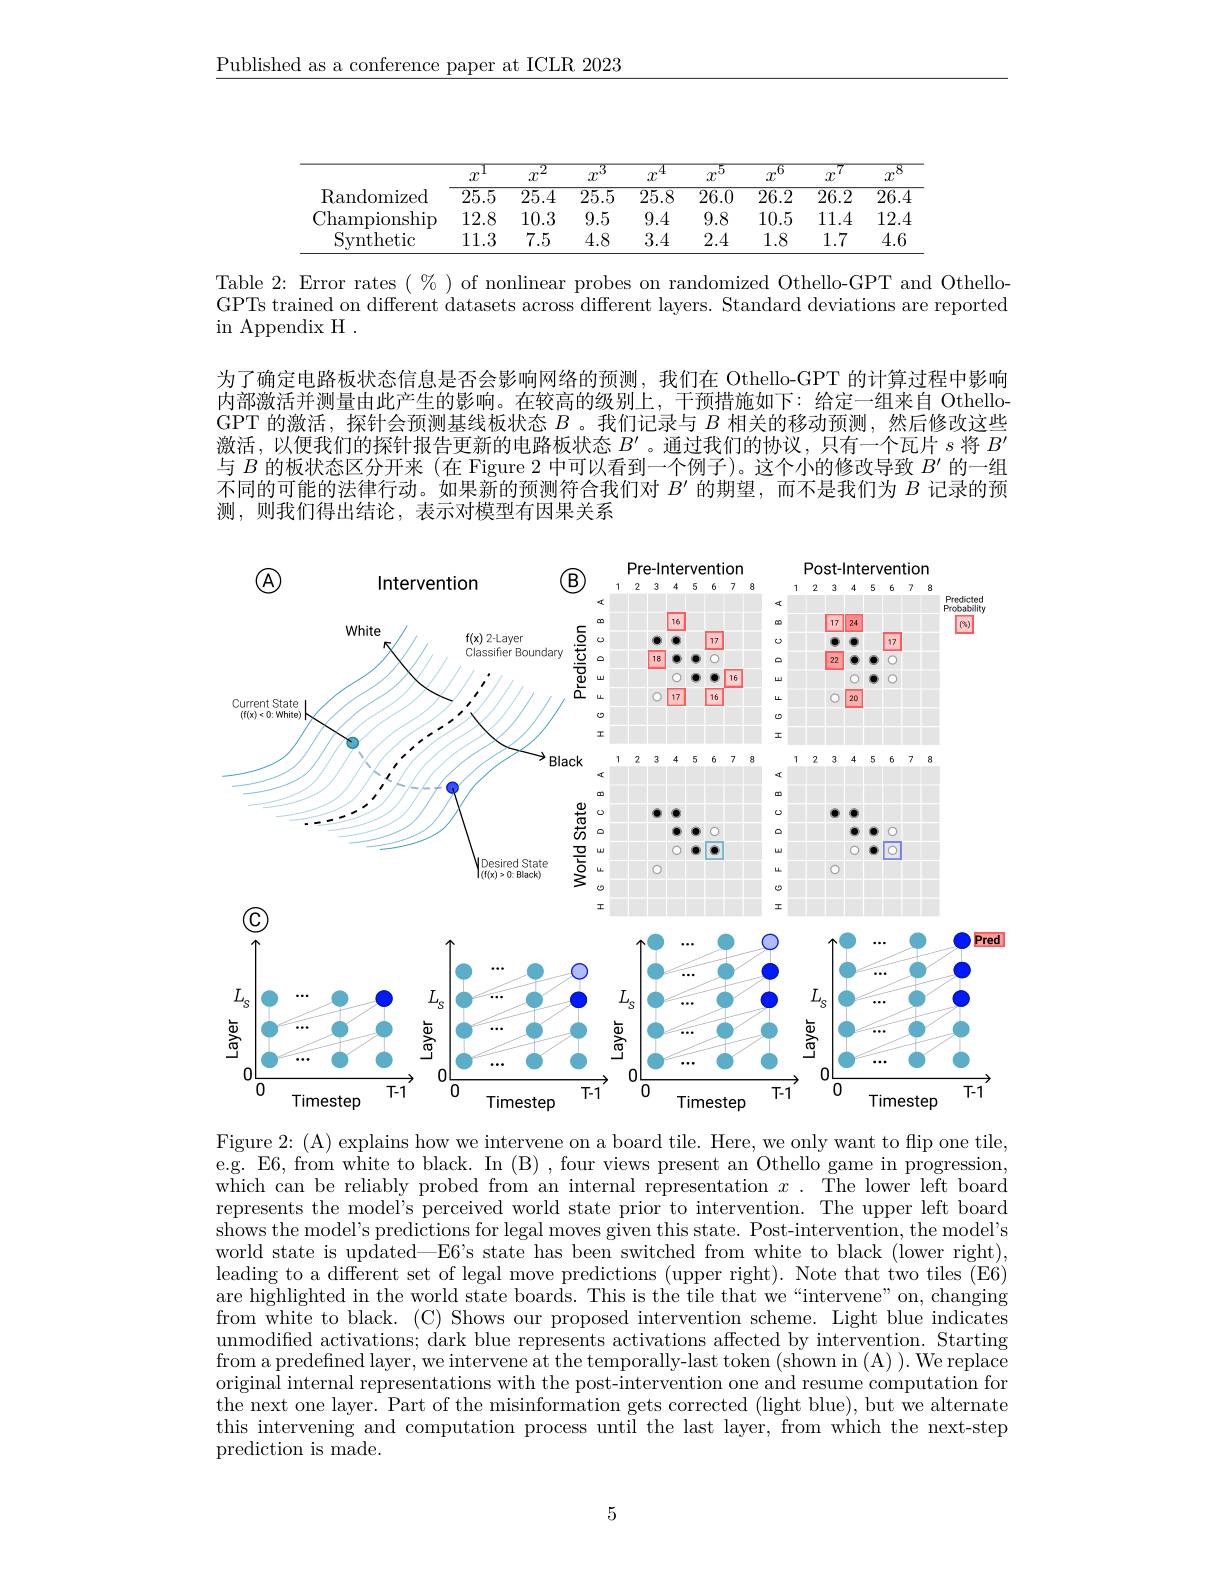
$\underline{\text{Published as a conference paper at ICLR 2023}}$

<table>
	<tbody>
		<tr>
			<th> </th>
			<th>.1 $x$</th>
			<th>$.\overline{2}$ $x^{.}$</th>
			<th>$mu$</th>
			<th>$\overline{4}$ $x$</th>
			<th>$mv$</th>
			<th>$MV$</th>
			<th>7 $x$</th>
			<th>$MV$ 1</th>
		</tr>
		<tr>
			<td>Randomized</td>
			<td>$\overline{25.5}$</td>
			<td>$\overline{25.4}$</td>
			<td>$\overline{25.5}$</td>
			<td>$\overline{25.8}$</td>
			<td>$\overline{26.0}$</td>
			<td>$\overline{26.2}$</td>
			<td>$\overline{26.2}$</td>
			<td>$\overline{26.4}$</td>
		</tr>
		<tr>
			<td>Championship</td>
			<td>12.8</td>
			<td>10.3</td>
			<td>9.5</td>
			<td>9.4</td>
			<td>9.8</td>
			<td>10.5</td>
			<td>11.4</td>
			<td>12.4</td>
		</tr>
		<tr>
			<td>Svnthetic</td>
			<td>11.3</td>
			<td>7.5</td>
			<td>4.8</td>
			<td>3.4</td>
			<td>2.4</td>
			<td>1.8</td>
			<td>1.7</td>
			<td>4.6</td>
		</tr>
	</tbody>
</table>

Table 2:Error rates $(\%)$ of nonlinear probes on randomized Othello-GPT and OthelloGPTs trained on different datasets across different layers. Standard deviations are reported $\operatorname{in}$ Appendix H .

为了确定电路板状态信息是否会影响网络的预测，我们在 Othello-GPT 的计算过程中影响内部激活并测量由此产生的影响。在较高的级别上，干预措施如下：给定一组来自 OthelloGPT 的激活，探针会预测基线板状态$B$ 。我们记录与$B$相关的移动预测，然后修改这些激活，以便我们的探针报告更新的电路板状态$B^{\prime}$ 。通过我们的协议，只有一个瓦片$s$将$B^{\prime}$ 与$B$的板状态区分开来 (在 Figure 2 中可以看到一个例子)。这个小的修改导致$B^\prime$的一组不同的可能的法律行动。如果新的预测符合我们对$B^{\prime}$的期望，而不是我们为$B$记录的预测，则我们得出结论，表示对模型有因果关系

<FigureHere>

Figure 2: (A) explains how we intervene on a board tile. Here, we only want to flip one tile,

e.g. E6, from white to black. In (B) , four views present an Othello game in progression, which can be reliably probed from an internal representation $x.$ The lower left board represents the model's perceived world state prior to intervention. The upper left board shows the model's predictions for legal moves given this state. Post-intervention, the model's world state is updated—E6's state has been switched from white to black (iower right), leading to a different set of legal move predictions (upper right). Note that two tiles (E6) are highlighted in the world state boards. This is the tile that we“intervene”on, changing from white to black. (C) Shows our proposed intervention scheme. Light blue indicates unmodified activations; dark blue represents activations affected by intervention. Starting from a predefined layer, we intervene at the temporally-last token (shown in (A) ). We replace $\hat{\text{original internal representations with the post-intervention one and resume computation for}}$ the next one layer. Part of the misinformation gets corrected (light blue), but we alternate this intervening and computation process until the last layer, from which the next-step prediction is made.

5